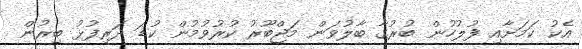
އެކު ކަމަށާއި ފުލުހުން ބުރުގާ ބާލުވަން މަޖްބޫރު ކުރުވުމުން ކުޑަ ދަރިފުޅު ބިރުން